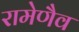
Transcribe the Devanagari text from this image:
रामेणैव